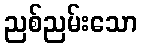
ညစ်ညမ်းသော